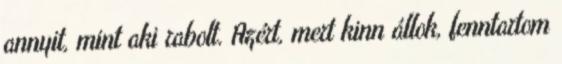
annyit, mint aki rabolt. Azért, mert kinn állok, fenntartom